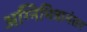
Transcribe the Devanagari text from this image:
अग्निमित्रानंतर